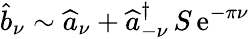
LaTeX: \widehat{b}_{\nu}\sim\widehat{a}_{\nu}+\widehat{a}_{-\nu}^{\dagger}\, S\, \mathrm{e}^{-\pi\nu}